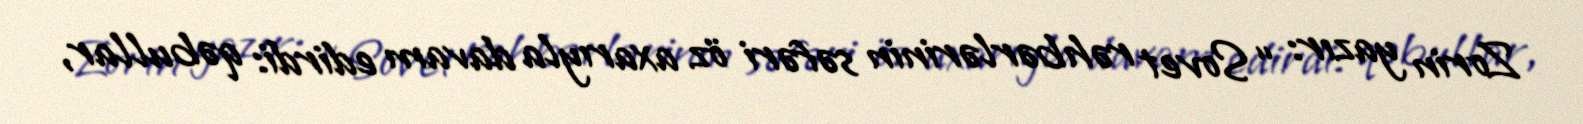
Zorin yazır: “Sovet rəhbərlərinin səfəri öz axarıyla davam edirdi: qəbullar,